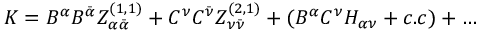
K = B ^ { \alpha } B ^ { \bar { \alpha } } Z _ { \alpha { \bar { \alpha } } } ^ { ( 1 , 1 ) } + C ^ { \nu } C ^ { \bar { \nu } } Z _ { \nu { \bar { \nu } } } ^ { ( 2 , 1 ) } + ( B ^ { \alpha } C ^ { \nu } H _ { \alpha \nu } + c . c ) + \dots